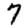
Digit: 7